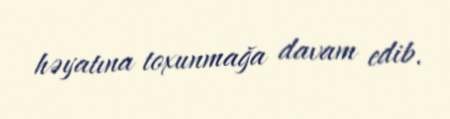
həyatına toxunmağa davam edib.